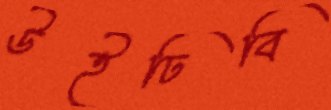
উইঢিবি